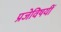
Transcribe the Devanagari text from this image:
प्रजेविषयीं